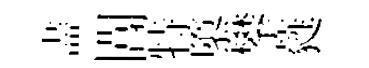
盡閶特隳攀蕤